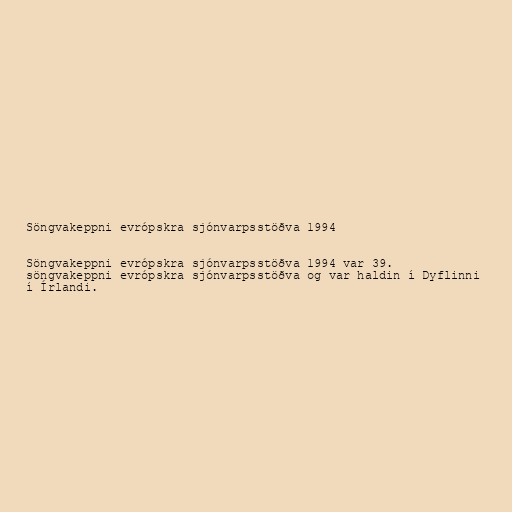
Söngvakeppni evrópskra sjónvarpsstöðva 1994

Söngvakeppni evrópskra sjónvarpsstöðva 1994 var 39.
söngvakeppni evrópskra sjónvarpsstöðva og var haldin í Dyflinni
í Írlandi.